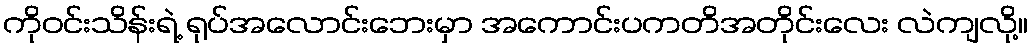
ကိုဝင်းသိန်းရဲ့ ရုပ်အလောင်းဘေးမှာ အကောင်းပကတိအတိုင်းလေး လဲကျလို့။